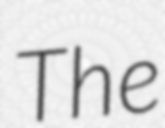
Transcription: The